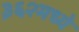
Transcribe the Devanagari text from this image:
३६२मध्ये